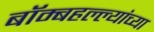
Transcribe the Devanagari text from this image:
बॉम्बहल्ल्यांच्या